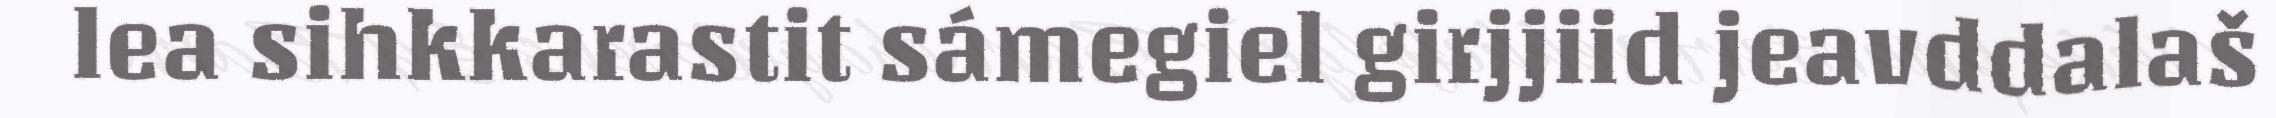
lea sihkkarastit sámegiel girjjiid jeavddalaš